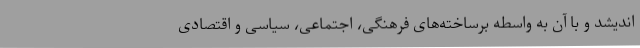
‌اندیشد و با آن به واسطه برساخته‌های فرهنگی، اجتماعی، سیاسی و اقتصادی